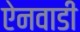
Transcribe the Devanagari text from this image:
ऐनवाडी